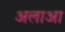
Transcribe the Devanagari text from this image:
अलाआ